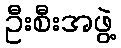
ဦးစီးအဖွဲ့